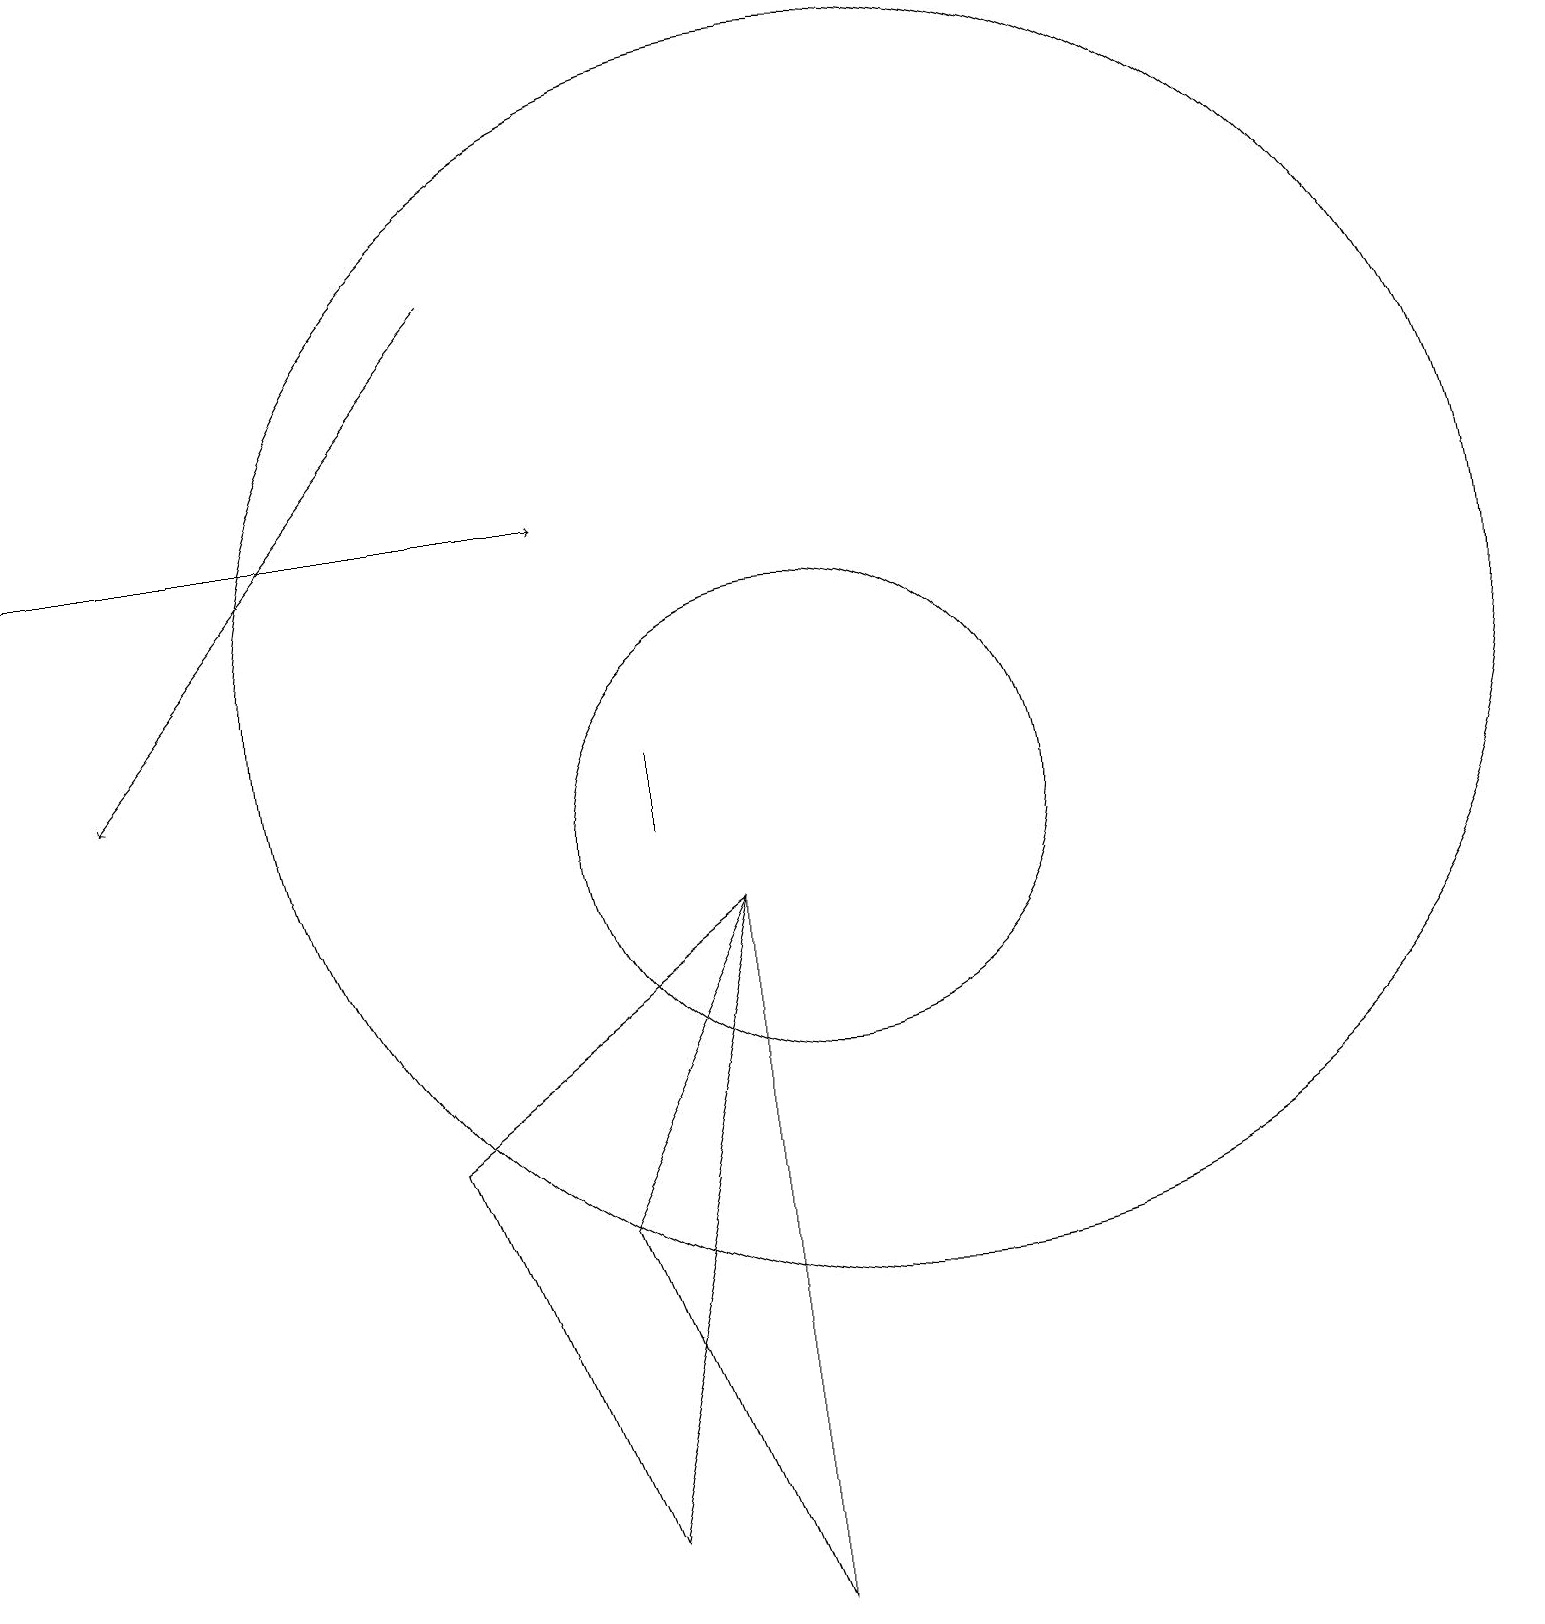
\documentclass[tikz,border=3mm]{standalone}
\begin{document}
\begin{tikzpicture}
\draw (7,5) -- (9,0) -- (9,9) -- cycle;
\draw[->] (0,14) -- (7,14);
\draw (5,6) -- (9,9) -- (7,1) -- cycle;
\draw (8,10) rectangle (8,11);
\draw (11,12) circle (8);
\draw (10,10) circle (3);
\draw[->] (6,17) -- (1,11);
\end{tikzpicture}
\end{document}